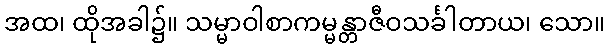
အထ၊ ထိုအခါ၌။ သမ္မာဝါစာကမ္မန္တာဇီဝသင်္ခါတာယ၊ သော။